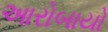
આરોબાયો